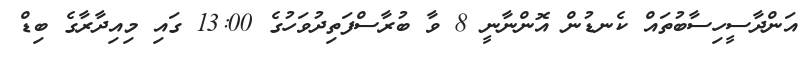
އަންދާސީހިސާބުތައް ކެނޑުން އޮންނާނީ 8 ވާ ބުރާސްފަތިދުވަހުގެ 13:00 ގައި މިއިދާރާގެ ބިޑް